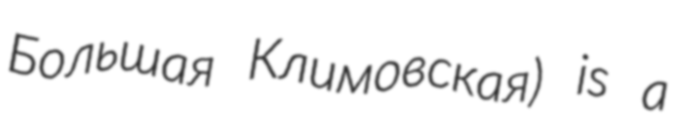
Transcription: Большая Климовская) is a